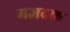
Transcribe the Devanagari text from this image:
मजदक